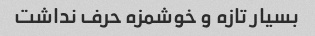
بسیار تازه و خوشمزه حرف نداشت